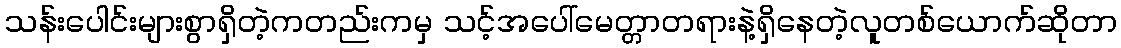
သန်းပေါင်းများစွာရှိတဲ့ကတည်းကမှ သင့်အပေါ်မေတ္တာတရားနဲ့ရှိနေတဲ့လူတစ်ယောက်ဆိုတာ